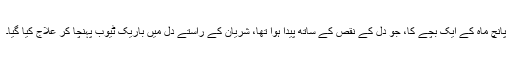
پانچ ماہ کے ایک بچے کا، جو دل کے نقص کے ساتھ پیدا ہوا تھا، شریان کے راستے دل میں باریک ٹیوب پہنچا کر علاج کیا گیا۔